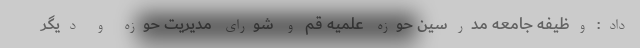
داد: وظیفه جامعه مدرسین حوزه علمیه قم و شورای مدیریت حوزه و دیگر